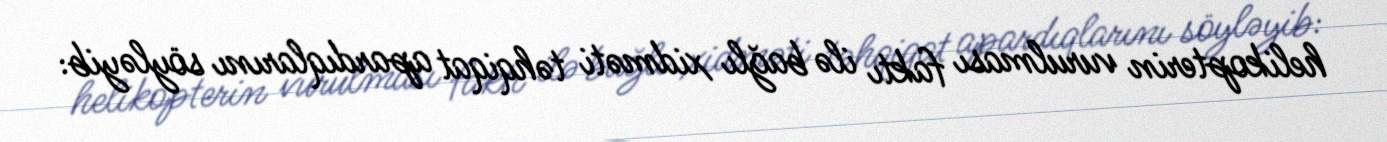
helikopterin vurulması faktı ilə bağlı xidməti təhqiqat apardıqlarını söyləyib: